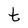
Character: t